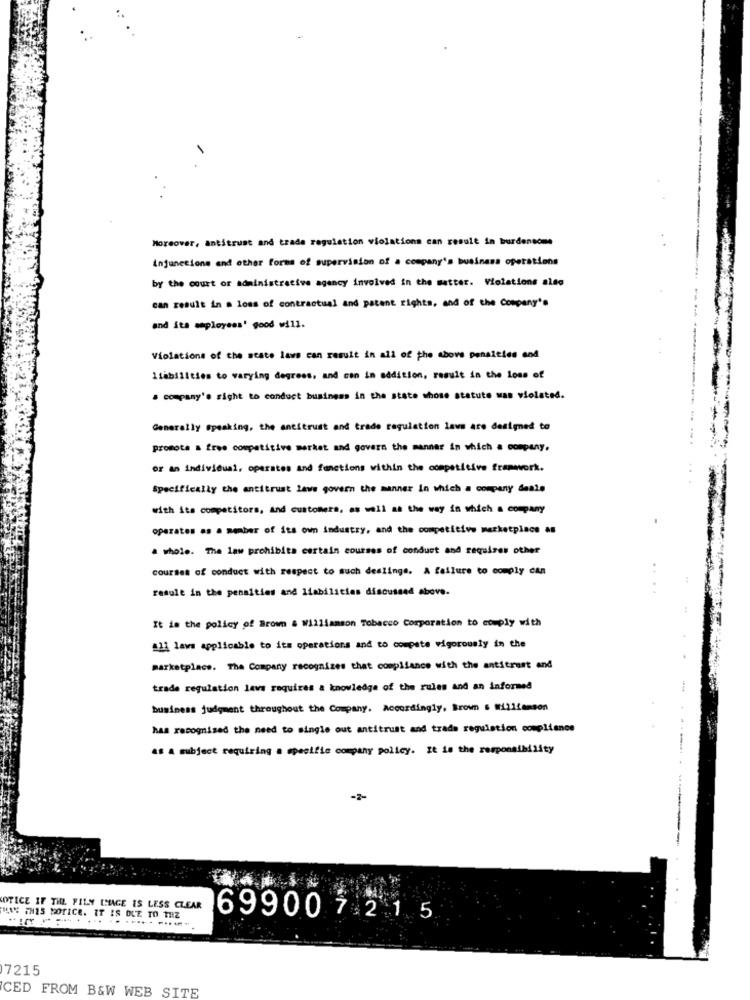
Moreover, antitrust and trade regulation violations can result in burdensome
injunecione and other forms of supervision of a company's business operations
by the court or administrative agency involved in the matter. Violations also
can result in . loss of contractual and patent rights, and of the Company's
and its seployees' good will.
Violations of the state laws can result in all of the above penalties and
liabilities to varying degrees, and con in addition, result in the loss of
a company's right to conduct business in the state whose statute was violated.
Generally Speaking, the antitrust and trade regulation laws are designed to
promota a free competitive market and govern the manner in which a company.
or an individual, operates and functions within the competitive framwork.
Specifically the antitrust lave govern the manner in which a company deale
with its competitors, and customers, as well as the way in which a company
operates as a member of its own industry, and the competitive marketplace as
a whole. The law prohibita certain courses of conduct and requires other
courses of conduct with respect to such dealings. A failure to comply can
result in the penalties and liabilities discussed above.
It is the policy of Brown & Williamson Tobacco Corporation to comply with
411 laws applicable to its operations and to compete vigorously in the
marketplace. The Company recognizes that compliance with the antitrust and
trade regulation lava requires & knowledge of the rules and an informed
business judgment throughout the Company. Accordingly, Brown . Williamson
has recognized the need to single out antitrust and trade regulation compliance
as & subject requiring a specific company policy. It is the responsibility
-2-
---------
OTICE IF TIL FILM LAGE IS LESS CLEAR
MAN THIS NOTICE. IT IS DUE TO THE
-----
699007 2 1 5
7215
CED FROM B&W WEB SITE